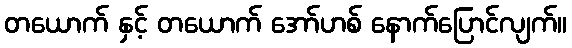
တယောက် နှင့် တယောက် အော်ဟစ် နောက်ပြောင်လျက်။